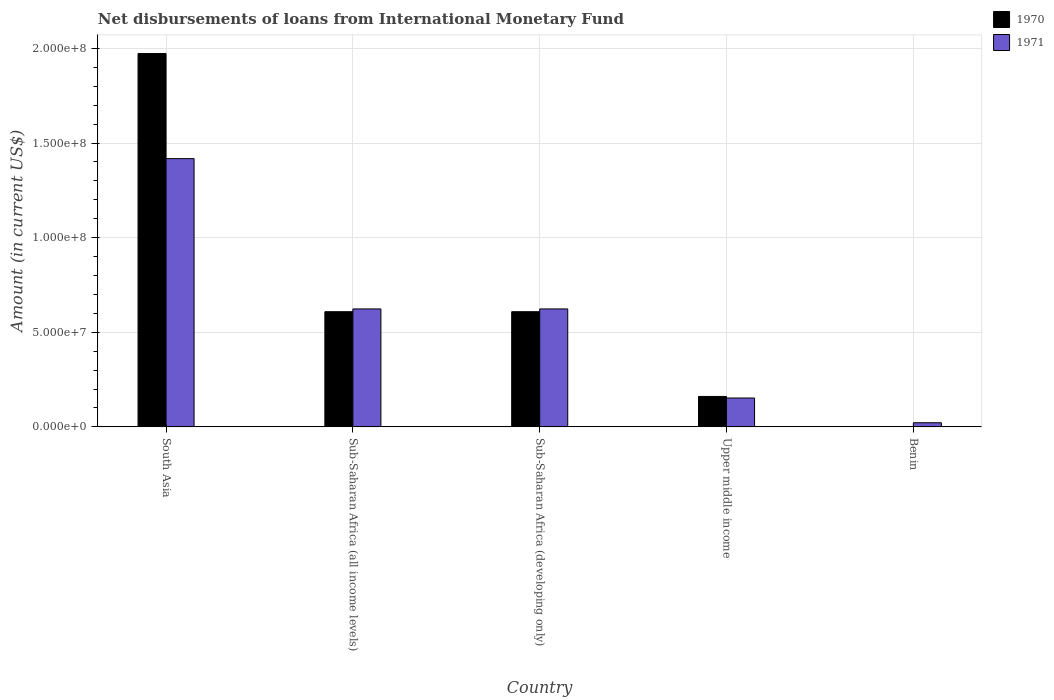
| Country | 1970 | 1971 |
 | --- | --- | --- |
 | South Asia | 1.97e+08 | 1.42e+08 |
 | Sub-Saharan Africa (all income levels) | 6.09e+07 | 6.23e+07 |
 | Sub-Saharan Africa (developing only) | 6.09e+07 | 6.23e+07 |
 | Upper middle income | 1.61e+07 | 1.52e+07 |
 | Benin | 1.45e+05 | 2.19e+06 |